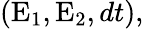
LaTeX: (\textrm{E}_{1},\textrm{E}_{2},dt),